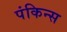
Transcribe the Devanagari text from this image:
पंकिन्स